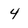
Character: 4